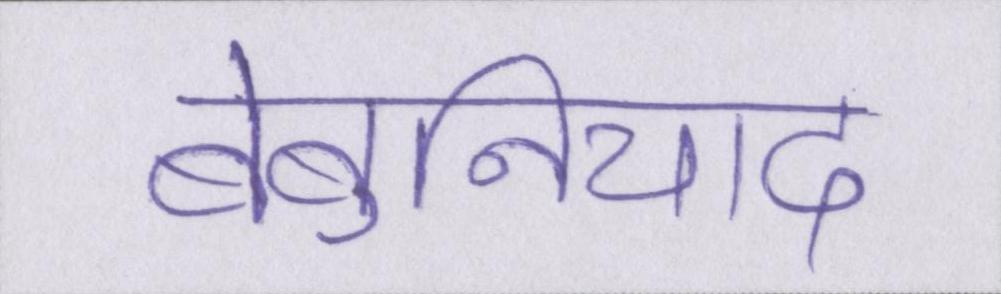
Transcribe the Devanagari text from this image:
बेबुनियाद